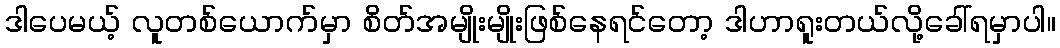
ဒါပေမယ့် လူတစ်ယောက်မှာ စိတ်အမျိုးမျိုးဖြစ်နေရင်တော့ ဒါဟာရူးတယ်လို့ခေါ်ရမှာပါ။